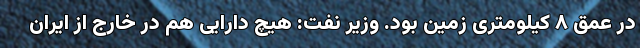
در عمق ۸ کیلومتری زمین بود. وزیر نفت: هیچ دارایی هم در خارج از ایران